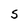
Character: S